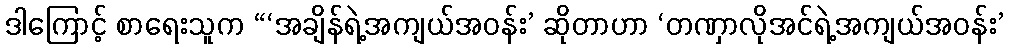
ဒါကြောင့် စာရေးသူက “‘အချိန်ရဲ့အကျယ်အဝန်း’ ဆိုတာဟာ ‘တဏှာလိုအင်ရဲ့အကျယ်အဝန်း’